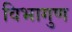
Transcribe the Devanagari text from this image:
विभागुण